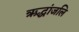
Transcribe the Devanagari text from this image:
ऋद्धांजलि